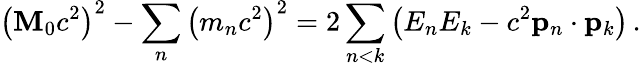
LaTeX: \left(\mathbf{M}_{0}c^{2}\right)^{2}-\sum_{n}\left(m_{n}c^{2}\right)^{2}=2\sum_{n<k}\left(E_{n}E_{k}-c^{2}\mathbf{{p}}_{n}\cdot\mathbf{{p}}_{k}\right)\, .